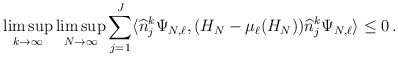
\begin{align*} \limsup_{k\to \infty} \limsup_{N\to \infty}\sum_{j=1}^{J} \langle \widehat n_j^k \Psi_{N,\ell}, (H_N - \mu_\ell(H_N) ) \widehat n_j^k \Psi_{N,\ell} \rangle \le 0\,.\end{align*}